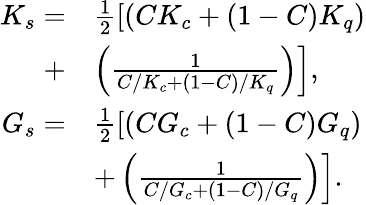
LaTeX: \begin{array}{rl}{K_{s}=}&{\frac{1}{2}\left[\left(CK_{c}+(1-C)K_{q}\right)\right.}\\ {+}&{\left.\left(\frac{1}{C/K_{c}+(1-C)/K_{q}}\right)\right],}\\ {G_{s}=}&{\frac{1}{2}\left[\left(CG_{c}+(1-C)G_{q}\right)\right.}\\ &{\left.+\left(\frac{1}{C/G_{c}+(1-C)/G_{q}}\right)\right].}\end{array}